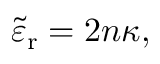
{ \tilde { \varepsilon } } _ { \mathrm { r } } = 2 n \kappa ,